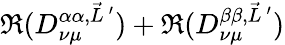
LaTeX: \Re(D_{\nu\mu}^{\alpha\alpha,\vec{L}\, ^{\prime}})+\Re(D_{\nu\mu}^{\beta\beta,\vec{L}\, ^{\prime}})